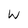
Character: W